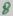
Text: 8